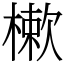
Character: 樕